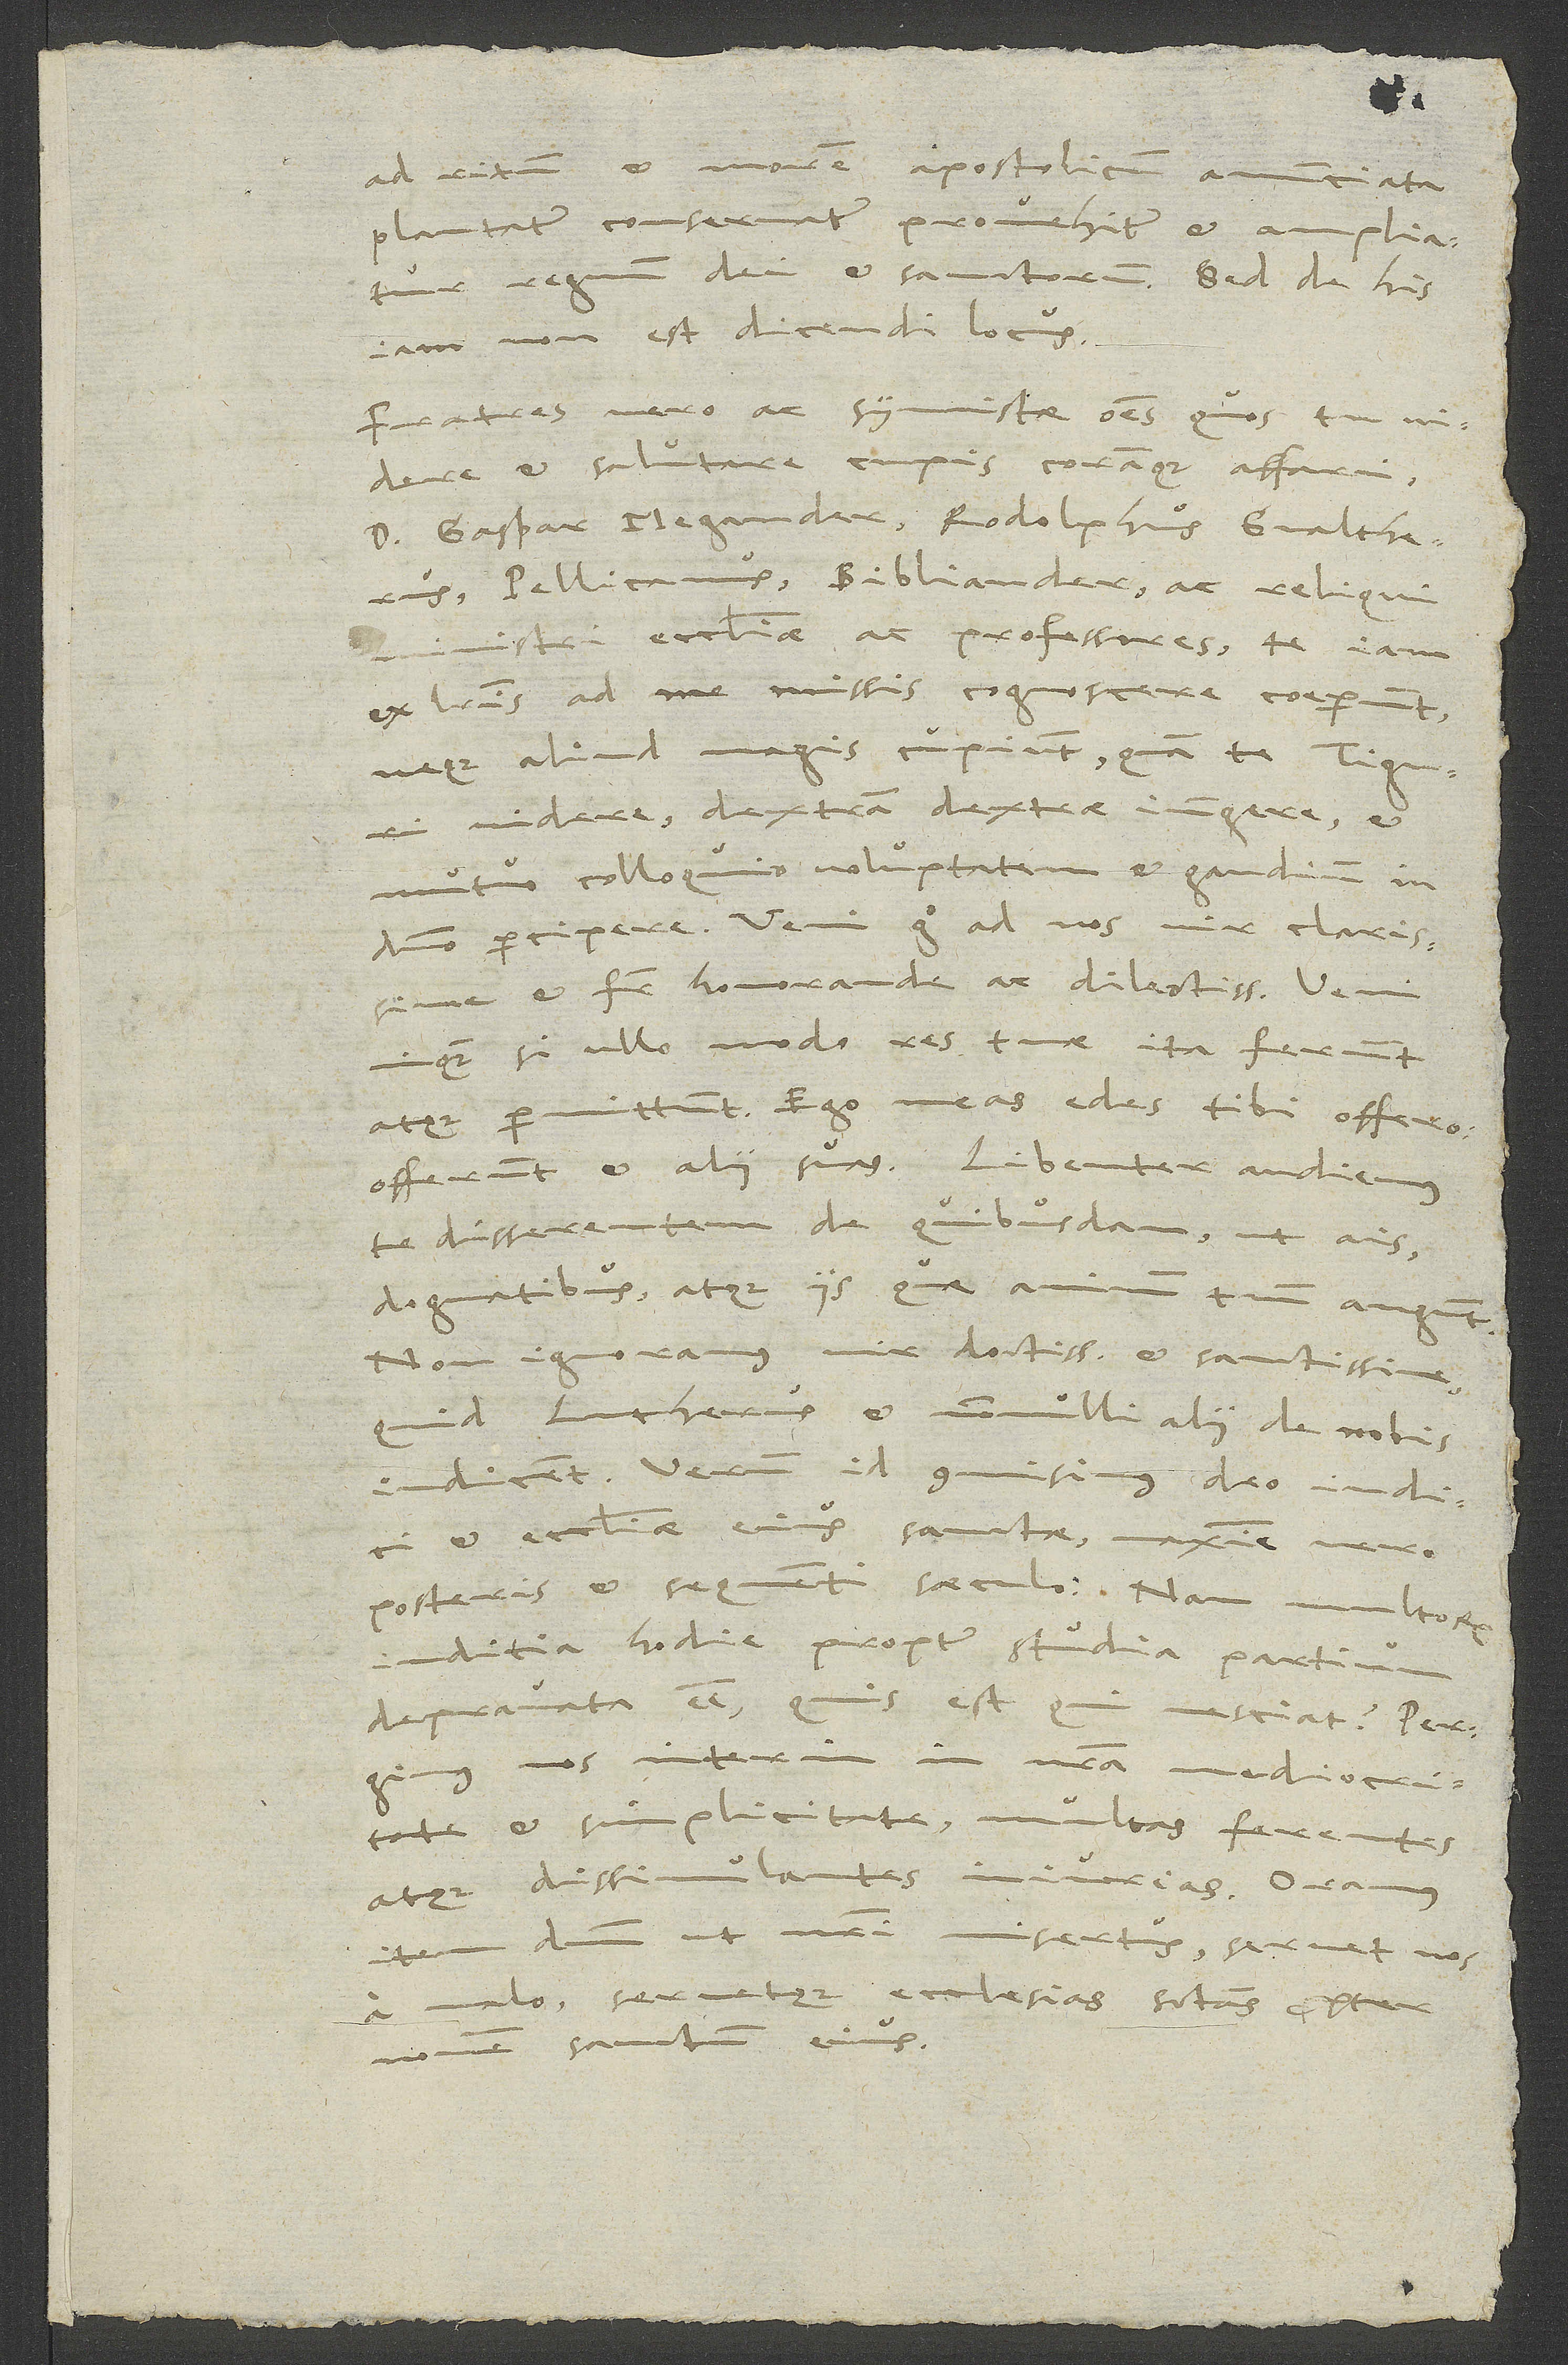
ad ritum et morem apostolicum annunciata
plantatur, conservatur, provehitur et ampliatur
regnum dei et sanctorum. Sed de his
iam non est dicendi locus.
Fratres vero ac symmistae omnes, quos tu videre
et salutare cupis coramque affari,
d. Gaspar Megander, Rodolphus Gvaltherus,
Pellicanus, Bibliander ac reliqui
ministri ecclesiae ac professores, te iam
ex literis ad me missis cognoscere coeperunt
neque aliud magis cupiunt, quam te Tiguri
videre, dextram dextrae iungere et
mutuo colloquio voluptatem et gaudium in
domino percipere. Veni ergo ad nos, vir clarissime
et frater honorande ac dilectissime. Veni,
inquam, si ullo modo res tuae ita ferunt
atque permittunt. Ego meas edes tibi offero.
Offerunt et alii suas. Libenter audiemus
te disserentem de quibusdam, ut ais,
dogmatibus, atque iis, quae animum tuum angunt.
Non ignoramus, vir doctissime et sanctissime,
quid Lutherus et nonnulli alii de nobis
iudicent. Verum id commisimus deo iudici
et ecclesiae eius sanctae, maxime vero
posteris et sequenti saeculo. Nam multorum
iuditia hodie propter studia partium
depravata esse, quis est, qui nesciat? Pergimus
nos interim in nostra mediocritate
et simplicitate, multas ferentes
atque dissimulantes iniurias. Oramus
item dominum, ut nostri misertus, servet nos
a malo servetque ecclesias sanctas propter
nomen sanctum eius.